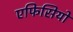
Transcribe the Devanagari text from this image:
एफिसियों